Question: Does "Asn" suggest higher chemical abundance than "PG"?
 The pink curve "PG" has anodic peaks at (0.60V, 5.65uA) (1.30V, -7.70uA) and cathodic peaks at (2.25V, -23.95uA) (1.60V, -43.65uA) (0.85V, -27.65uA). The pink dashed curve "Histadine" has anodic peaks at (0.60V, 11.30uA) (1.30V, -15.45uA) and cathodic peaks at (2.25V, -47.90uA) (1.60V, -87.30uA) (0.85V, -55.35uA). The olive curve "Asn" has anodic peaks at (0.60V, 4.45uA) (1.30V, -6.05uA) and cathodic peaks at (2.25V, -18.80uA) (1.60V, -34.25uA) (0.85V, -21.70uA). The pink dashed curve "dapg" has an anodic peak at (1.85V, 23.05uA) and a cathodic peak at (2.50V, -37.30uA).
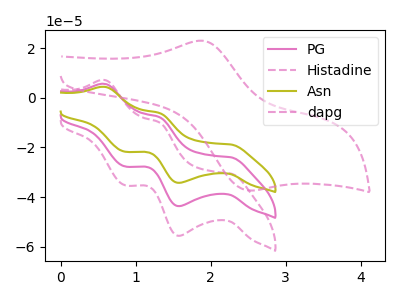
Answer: <think>All the peaks in "Asn" have a peak in "PG" at the same potential.
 </think>
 <answer>I cant tell if "Asn" or "PG" has more signal.</answer>
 <eval>mixed_signal</eval>